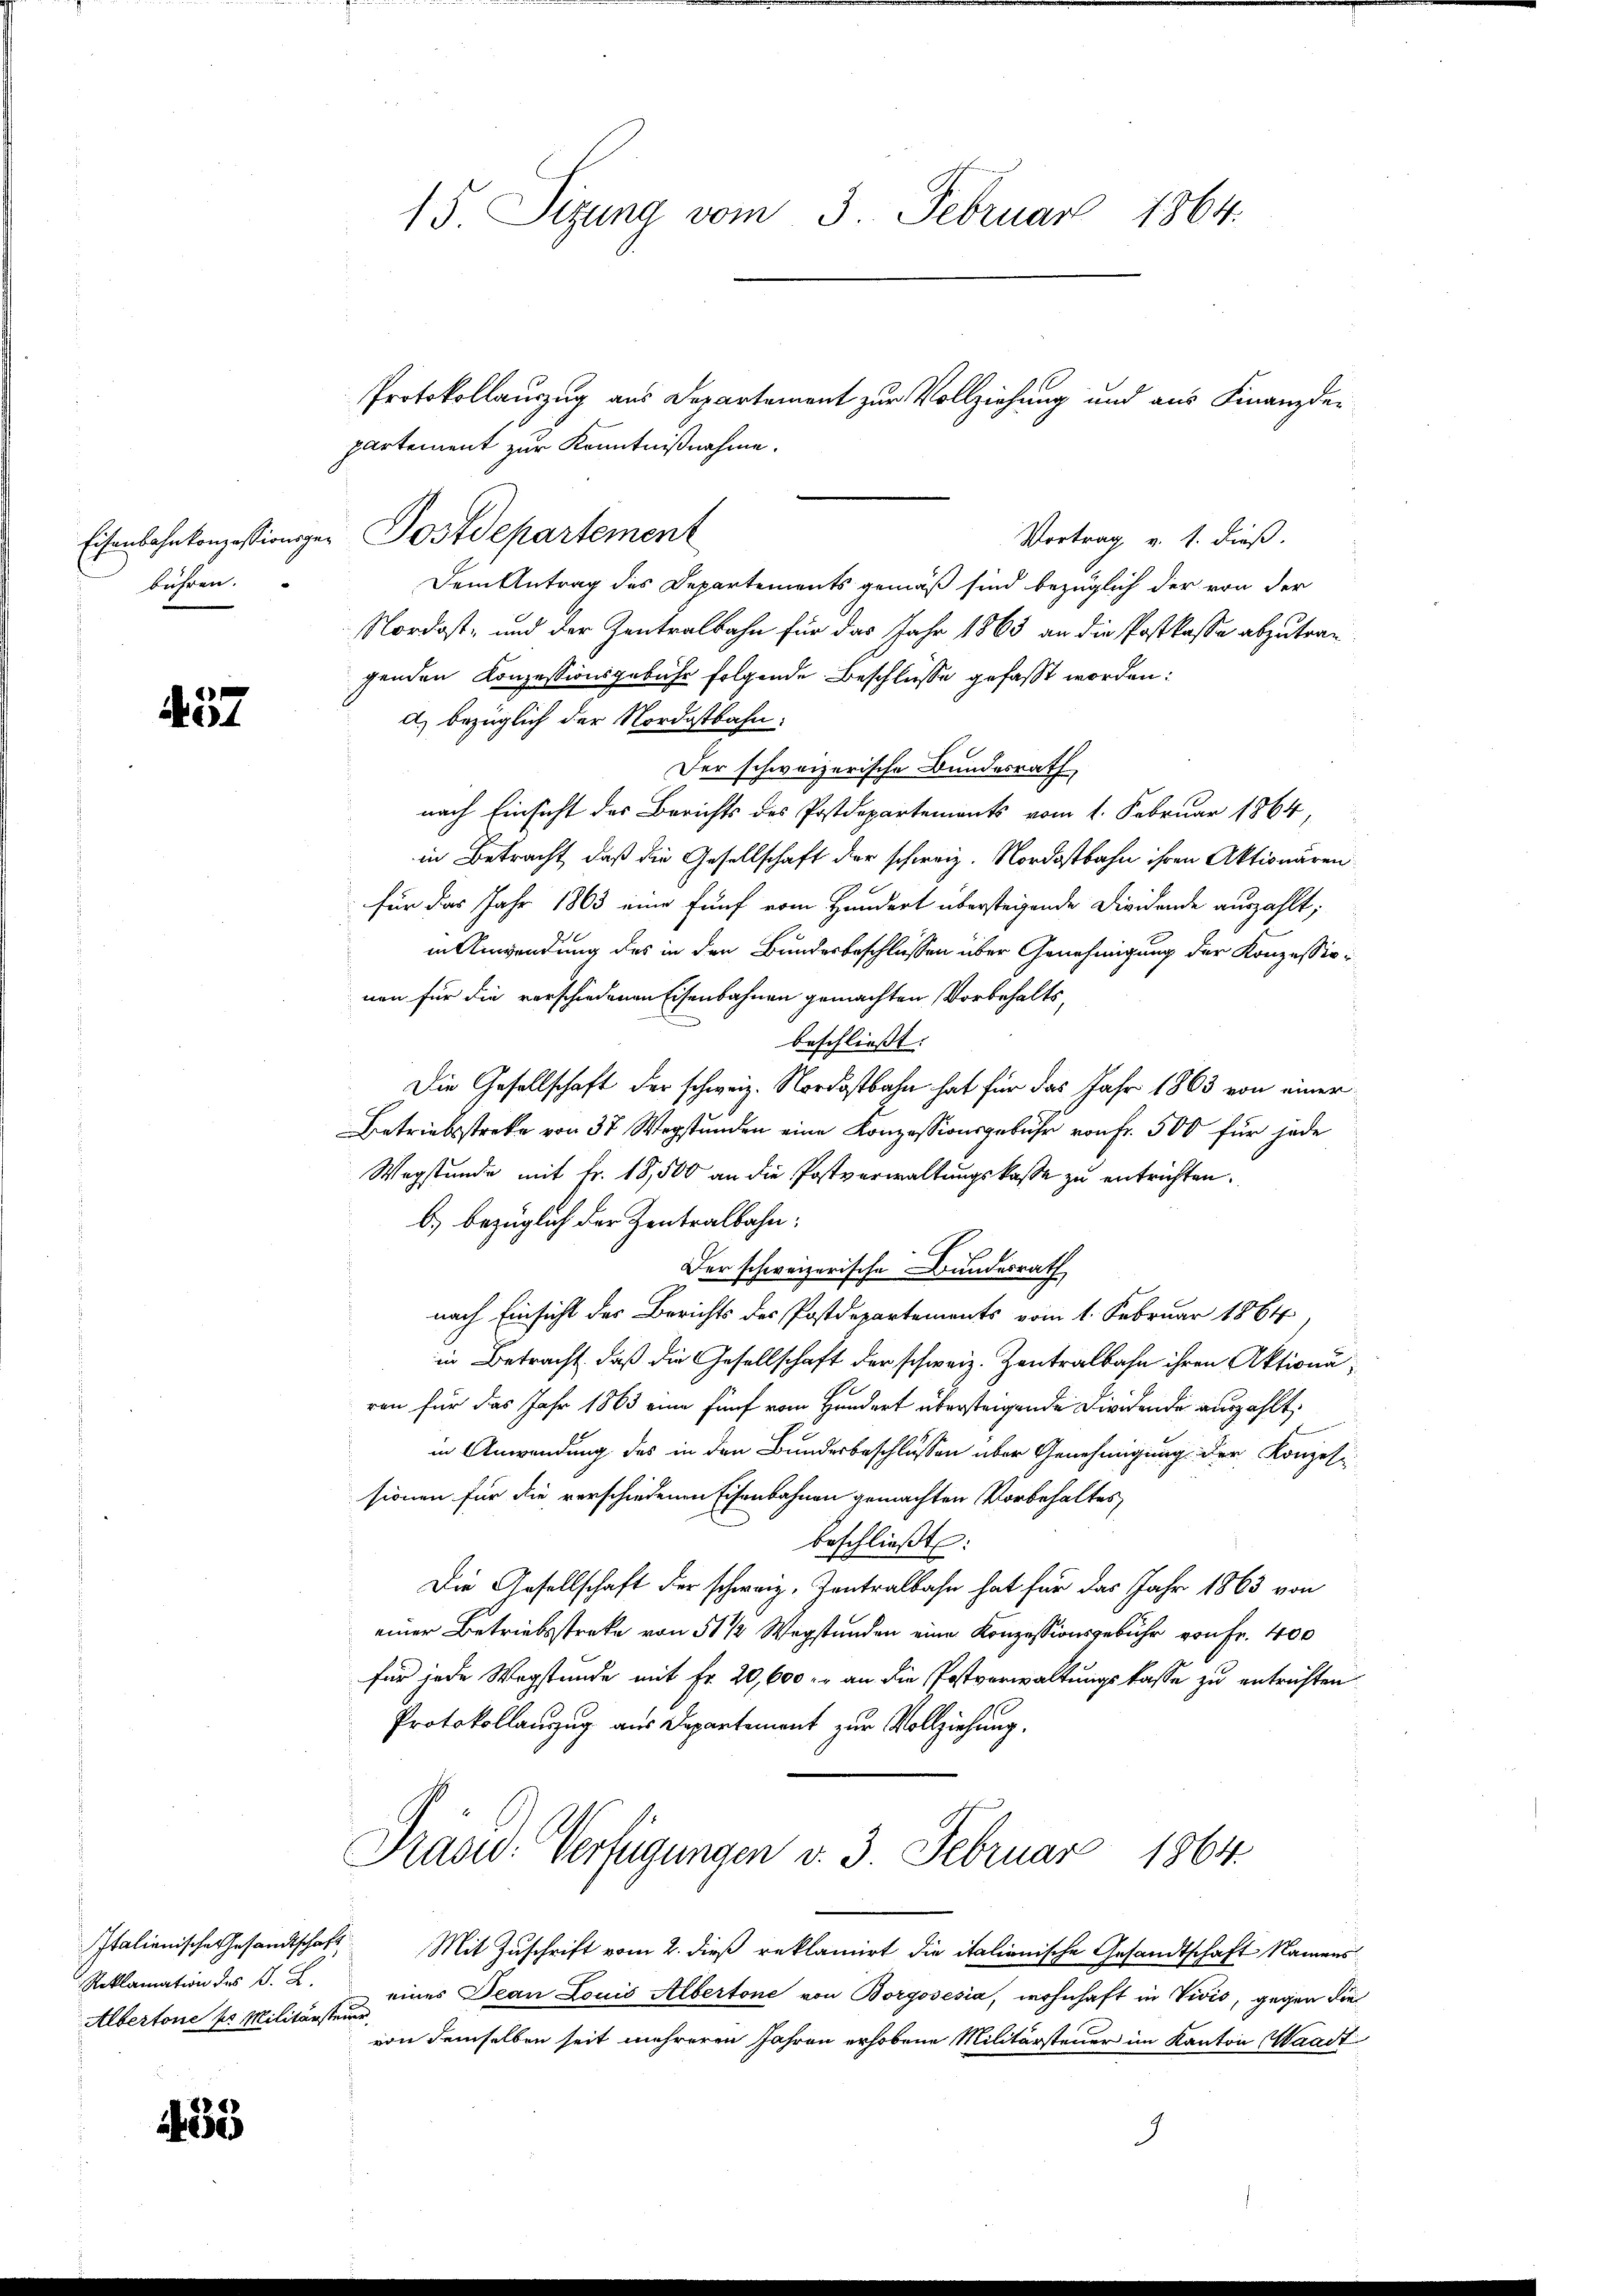
bühren.

457

Reklamation des B. L.
Albertone pr Militärsteiner

35

15. Sitzung vom 3. Februar 1864.

partement zur Kenntnißnahme.
Vortrag v. 1. dieß.
Dem Antrag des Departements gemäß sind bezüglich der von der
Nordost- und der Zentralbahn für das Jahr 1863 an die Postkasse abzutragenden Konzessionsgebühr folgende Beschlüsse gefaßt worden:
d) bezüglich der Nordostbahn.
Der schweizerische Bundesrath
nach Einsicht des Berichts des Postdepartements vom 1. Februar 1864,
in Betracht, daß die Gesellschaft der schweiz. Nordostbahn ihren Aktionären
für das Jahr 1863 eine fünf vom Hundert übersteigende Dividende auszahlt;
in Anwendung des in der Bundesbeschlüssen über Genehmigung der Konzessionen für die vorschiedenen Eisenbahnen gemachten Vorbehalts,
beschließt:
Die Gesellschaft der schweiz. Nordostbahn hat für das Jahr 1863 von einer
Betriebsstreke von 37 Wegstunden eine Konzessionsgebühr von Fr. 500 für jede
Wegstunde mit Fr. 18,500 an die Postverwaltungskasse zu entrichten.
b) bezüglich der Zentralbahn:
Der schweizerische Bundesrath
nach Einsicht des Berichts des Postdepartements vom 1. Februar 1864.
in Betracht, daß die Gesellschaft der schweiz. Zentralbahn ihren Aktiona¬
1
ren für das Jahr 1863 eine fünf vom Hundert übersteigende Dividende auszahlt.
in Anwendung des in den Bundesbeschlüssen über Genehmigung der Konzesi-
sionen für die verschiedenen Eisenbahnen gemachten Vorbehaltes
beschlieβt:
Die Gesellschaft der schweiz. Zentralbahn hat für das Jahr 1863 von
einer Betriebsstreke von 51 1/2 Wegstunden eine Konzessionsgebühr von Fr. 400
für jede Wegstunde mit Fr. 20,600. an die Postverwaltungskasse zu entrichten.
Protokollauszug aus Departement zur Vollziehung.
Prasw: Verfügungen v. 3. Februar 1864.
Italienische Gesandtschaft Mit Zuschrift vom 2. dieß reklamirt die italienische Gesandtschaft Namens
eines Jean Louis Albertone von Borgosesia, wohnhaft in Vivis, gegen die
von demselben seit mehreren Jahren erhobene Militärsteuer im Kanton Waadt
.

Eisenbahnkonzessionsger Postdepartement

Protokollauszug aus Departement zur Vollziehung und aus Finanzde¬